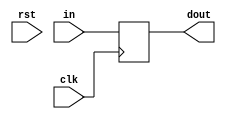
`timescale 1ns / 1ps
//////////////////////////////////////////////////////////////////////////////////
// Company: 
// Engineer: 
// 
// Design Name: 
// Module Name: dff
// Project Name: 
// Target Devices: 
// Tool Versions: 
// Description: 
// 
// Dependencies: 
// 
// Revision:
// Revision 0.01 - File Created
// Additional Comments:
// 
//////////////////////////////////////////////////////////////////////////////////


module dff(input rst,clk,in, output reg dout

    );
    
        
    always@(posedge clk)
      dout <= in;
    
endmodule